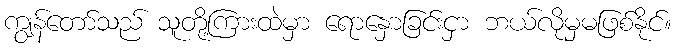
ကျွန်တော်သည် သူတို့ကြားထဲမှာ ရောနှောခြင်းငှာ ဘယ်လိုမှမဖြစ်နိုင်။